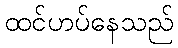
ထင်ဟပ်နေသည်